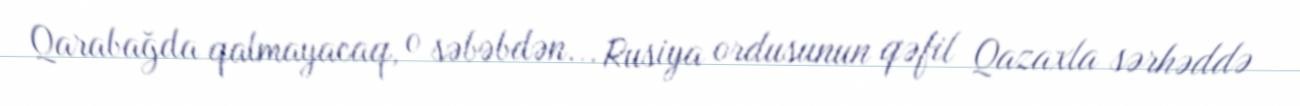
Qarabağda qalmayacaq, o səbəbdən... Rusiya ordusunun qəfil Qazaxla sərhəddə